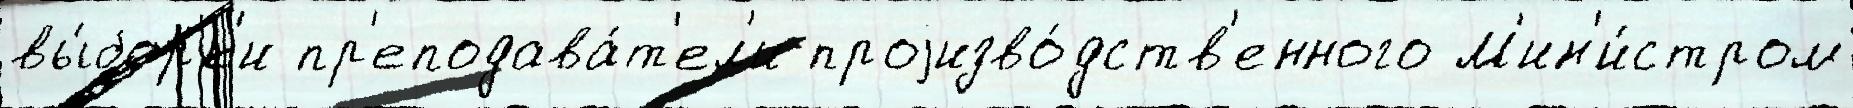
вы́борк'и пр'еподава́т'ел'и проjизво́дств'енного М'ин'и́стром